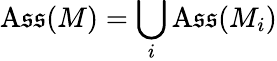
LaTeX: \operatorname{A\mathfrak{s}\mathfrak{s}}(M)=\bigcup_{i}\operatorname{A\mathfrak{s}\mathfrak{s}}(M_{i})